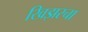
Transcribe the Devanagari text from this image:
खिझरचा